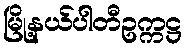
မြို့နယ်ပါတီဥက္ကဋ္ဌ